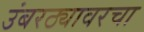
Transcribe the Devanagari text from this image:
उंबरठ्यावरचा